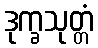
ဒုက္ခသုတ္တံ